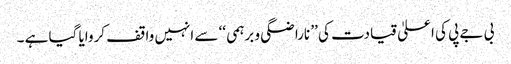
بی جے پی کی اعلیٰ قیادت کی ’’ ناراضگی و برہمی ‘‘ سے انہیں واقف کروایا گیا ہے ۔